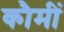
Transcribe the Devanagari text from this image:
कौमीं